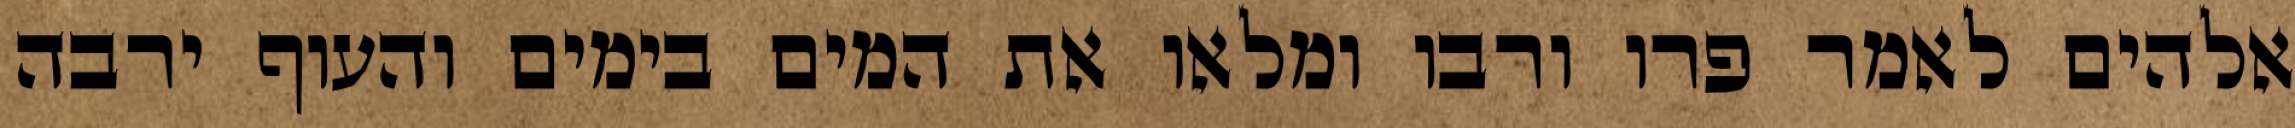
אלהים לאמר פרו ורבו ומלאו את המים בימים והעוף ירבה